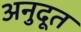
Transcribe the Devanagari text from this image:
अनुदूत